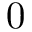
0